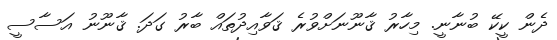
ދެން ކީކޭ ބުނާނީ. މިހާރު ޤާނޫނަށްވުރެ ޤަވާއިދުތައް ބާރު ގަދަ. ޤާނޫނު އަސާސީ